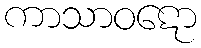
ကာသာဝဋော